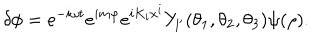
LaTeX: \delta \phi = e ^ { - i \omega t } e ^ { i m \varphi } e ^ { i K _ { i } x ^ { i } } Y _ { l ^ { \prime } } ( \theta _ { 1 } , \theta _ { 2 } , \theta _ { 3 } ) \psi ( \rho ) .